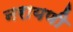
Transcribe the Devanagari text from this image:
नरायणी